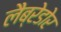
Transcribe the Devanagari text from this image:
लैब्रेडोर